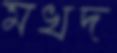
মখদ